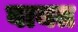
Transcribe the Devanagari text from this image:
बायत